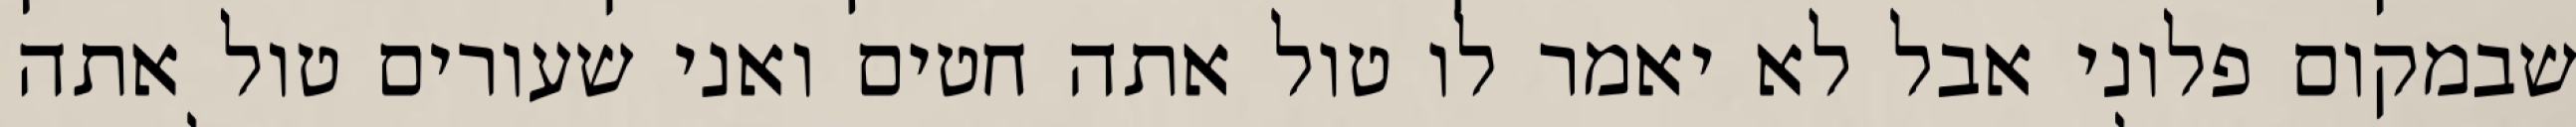
שבמקום פלוני אבל לא יאמר לו טול אתה חטים ואני שעורים טול אתה